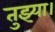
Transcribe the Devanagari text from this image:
तुझ्या।